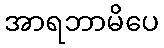
အာရဘာမိပေ